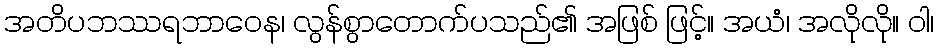
အတိပဘဿရဘာဝေန၊ လွန်စွာတောက်ပသည်၏ အဖြစ် ဖြင့်။ အယံ၊ အလိုလို။ ဝါ၊